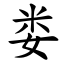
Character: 娄